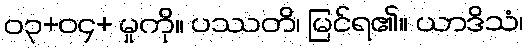
၀၃+၀၄+ မှုကို။ ပဿတိ၊ မြင်ရ၏။ ယာဒိသံ၊